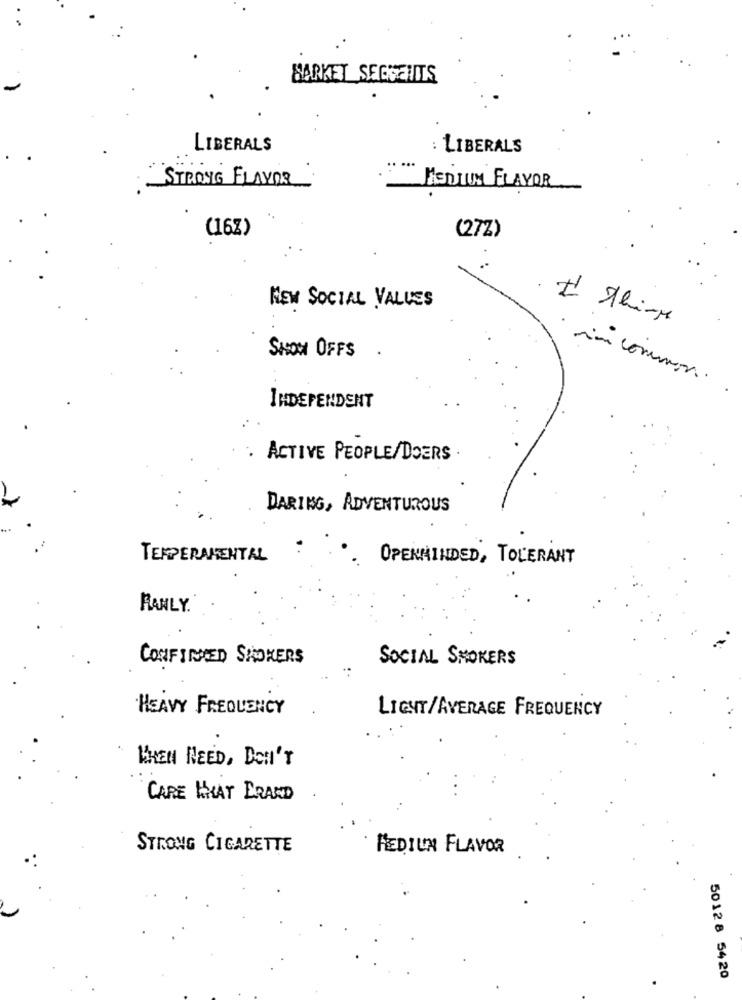
BARKET SEGSENITS
LIBERALS
: LIBERALS
STRONG FLAVOR
ESDIM FLAYOR
(16%)
(27Z)
NEW SOCIAL VALUES
SASOM OFFS
.
im common .
INDEPENDENT
. ACTIVE PEOPLE/DOERS
DARING, ADVENTUROUS
TEMPERAMENTAL
OPENMINDED, TOLERANT
RANLY.
CONFINED SHOKERS
SOCIAL SMOKERS
HEAVY FREQUENCY
LIGHT/AVERAGE FREQUENCY
WHEN NEED, DON'T
CARE WHAT ERAND
STRONG CIGARETTE
MEDIUM FLAVOR
50128 5420